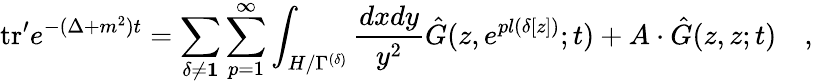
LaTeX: \mathrm{tr}^{\prime}e^{-(\Delta+m^{2})t}=\sum_{\delta\neq{\mathbf 1}}\sum_{p=1}^{\infty}\int_{H/\Gamma^{(\delta)}}{\frac{dxdy}{y^{2}}}{\hat{G}}(z,e^{pl(\delta[z])};t)+A\cdot{\hat{G}}(z,z;t)\quad,